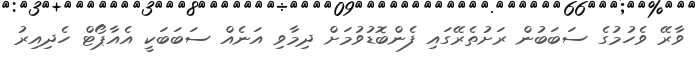
ވާރޭ ވެހުމުގެ ސަބަބުން ރަށުތެރޭގައި ފެންބޮޑުވުމަށް ދިމާވި އަނެއް ސަބަބަކީ އެއާޕޯޓް ހެދިއިރު